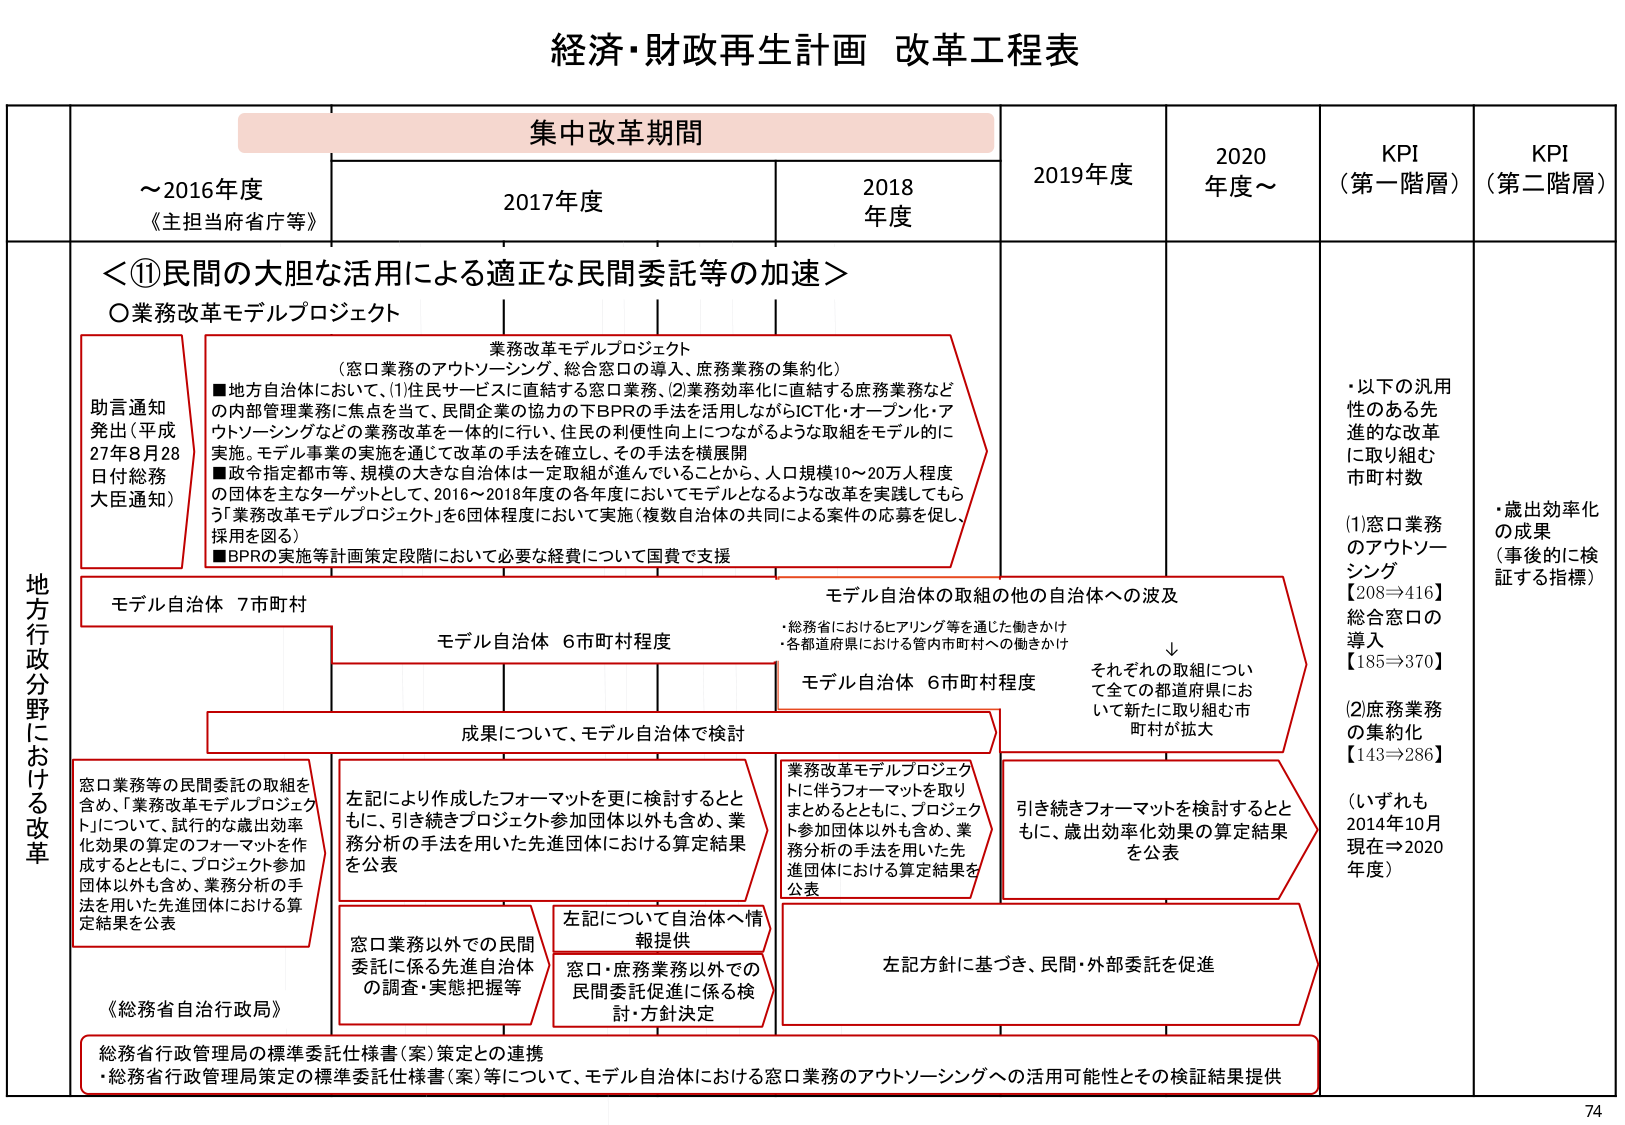
経済・財政再生計画 改革工程表

集中改革期間

～2016年度
《主担当府省庁等》

2017年度

2018年度

2019年度

2020年度～

KPI
（第一階層）

KPI
（第二階層）

地方行政分野における改革

＜⑪民間の大胆な活用による適正な民間委託等の加速＞

○業務改革モデルプロジェクト

業務改革モデルプロジェクト
（窓口業務のアウトソーシング、総合窓口の導入、庶務業務の集約化）
■地方自治体において、(1)住民サービスに直結する窓口業務、(2)業務効率化に直結する庶務業務など
の内部管理業務に焦点を当て、民間企業の協力の下BPRの手法を活用しながらICT化・オープン化・ア
ウトソーシングなどの業務改革を一体的に行い、住民の利便性向上につながるような取組をモデル的に
実施。モデル事業の実施を通じて改革の手法を確立し、その手法を横展開
■政令指定都市等、規模の大きな自治体は一定取組が進んでいることから、人口規模10～20万人程度
の団体を主なターゲットとして、2016～2018年度の各年度においてモデルとなるような改革を実践してもら
う「業務改革モデルプロジェクト」を6団体程度において実施（複数自治体の共同による案件の応募を促し、
採用を図る）
■BPRの実施等計画策定段階において必要な経費について国費で支援

助言通知
発出（平成
27年8月28
日付総務
大臣通知）

モデル自治体 7市町村

モデル自治体 6市町村程度

モデル自治体 6市町村程度

成果について、モデル自治体で検討

モデル自治体の取組の他の自治体への波及
・総務省におけるヒアリング等を通じた働きかけ
・各都道府県における管内市町村への働きかけ
↓
それぞれの取組につい
て全ての都道府県にお
いて新たに取り組む市
町村が拡大

窓口業務等の民間委託の取組を
含め、「業務改革モデルプロジェク
ト」について、試行的な歳出効率
化効果の算定のフォーマットを作
成するとともに、プロジェクト参加
団体以外も含め、業務分析の手
法を用いた先進団体における算
定結果を公表

左記により作成したフォーマットを更に検討するとと
もに、引き続きプロジェクト参加団体以外も含め、業
務分析の手法を用いた先進団体における算定結果
を公表

業務改革モデルプロジェクト
に伴うフォーマットを取り
まとめるとともに、プロジェク
ト参加団体以外も含め、業
務分析の手法を用いた先
進団体における算定結果を
公表

引き続きフォーマットを検討するとと
もに、歳出効率化効果の算定結果
を公表

窓口業務以外での民間
委託に係る先進自治体
の調査・実態把握等

左記について自治体へ情
報提供

窓口・庶務業務以外での
民間委託促進に係る検
討・方針決定

左記方針に基づき、民間・外部委託を促進

《総務省自治行政局》

総務省行政管理局の標準委託仕様書（案）策定との連携
・総務省行政管理局策定の標準委託仕様書（案）等について、モデル自治体における窓口業務のアウトソーシングへの活用可能性とその検証結果提供

・以下の汎用
性のある先
進的な改革
に取り組む
市町村数
(1)窓口業務
のアウトソー
シング
【208⇒416】
総合窓口の
導入
【185⇒370】
(2)庶務業務
の集約化
【143⇒286】
（いずれも
2014年10月
現在⇒2020
年度）

・歳出効率化
の成果
（事後的に検
証する指標）

74